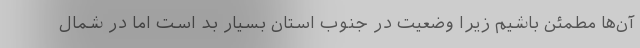
آن‌ها مطمئن باشیم زیرا وضعیت در جنوب استان بسیار بد است اما در شمال